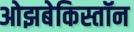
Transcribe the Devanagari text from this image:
ओझबेकिस्तॉन